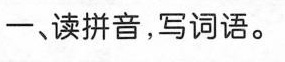
一、读拼音,写词语.